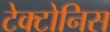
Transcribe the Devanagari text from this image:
टेक्टोनिस